Report of an investigation into the causes of the diseases known in Assam as Kála-Azár and Beri-Beri
Disease focus: Beri-Beri
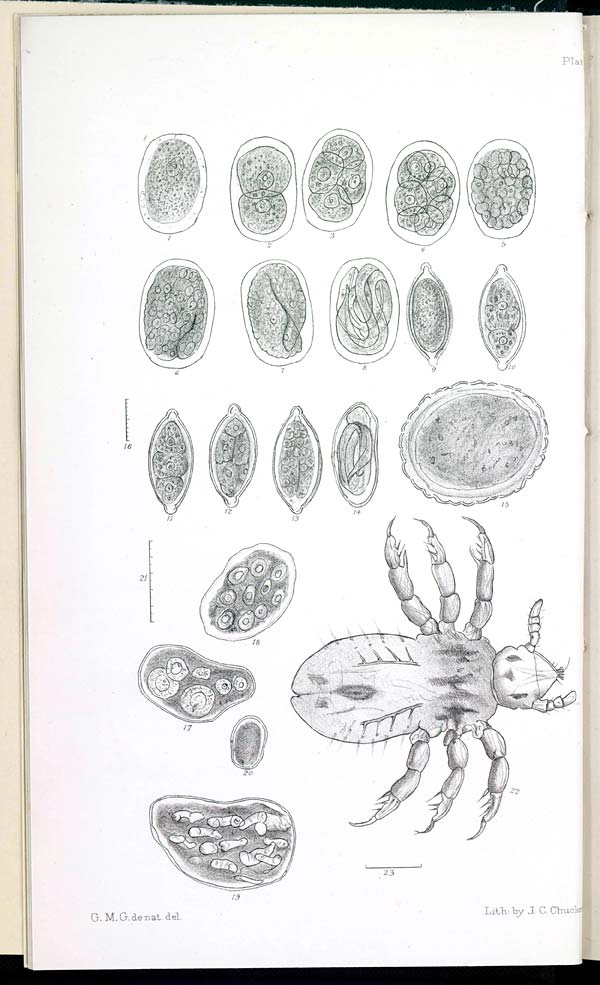
Plat
G. M. G. de nat.
del.
Lith:
by
J.
C.
Chucke